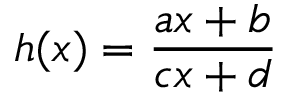
h ( x ) = { \frac { a x + b } { c x + d } }